Annual report of the Civil Veterinary Department, Bengal, and of the Bengal Veterinary College for the year 1906-1907 - 1906-1907
Year: 1906
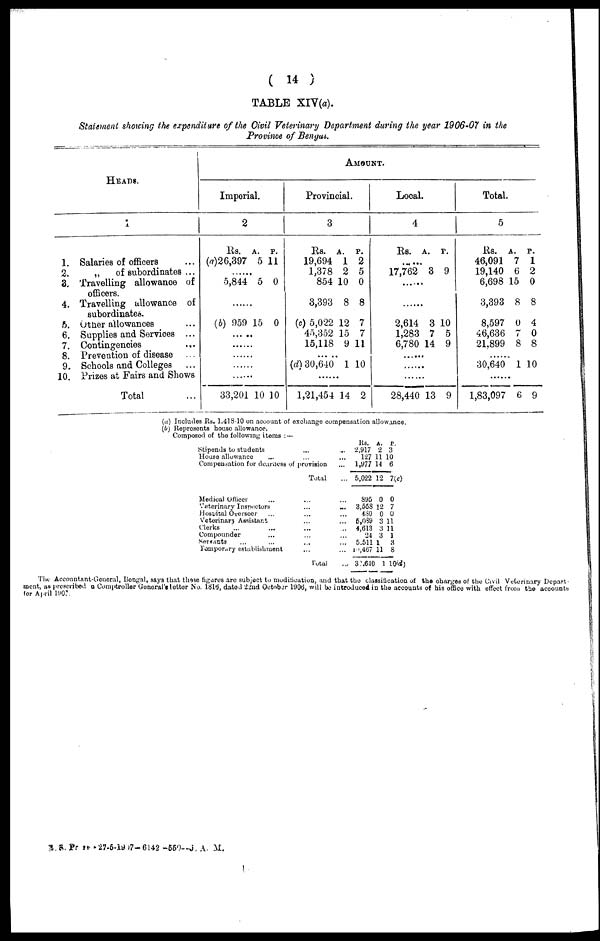
(14)
TABLE XIY(a).
Statement showing the expenditure of the Civil Veterinary Department during the year 1906-07 in the
Province of Bengal.
HEADS.
1
1. Salaries of officers ...
2.
„
of subordinates ...
3. Travelling allowance of
officers.
4. Travelling allowance of
subordinates.
5. Other allowances ...
6. Supplies and Services ...
7. Contingencies ...
8. Prevention of disease ...
9. Schools and Colleges ...
10. Prizes at Fairs and Shows
Total ...
AMOUNT.
Imperial.
2
Rs. A. P.
(a)26,397 5 11
......
5,844 5 0
......
(b) 959 15 0
......
......
......
......
......
33,201 10 10
Provincial.
3
Rs. A. P.
19,694 1 2
1,378 2 5
854 10 0
3,393 8 8
(c) 5,022 12 7
45,352 15 7
15,118 9 11
......
(d) 30,640 1 10
......
1,21,454 14 2
Local.
4
Rs. A. P.
......
17,762 3 9
......
2,614 3 10
1,283 7 5
6,780 14 9
......
......
......
28,440 13 9
Total.
5
Rs. A. P.
46,091 7 1
19,140 6 2
6,698 15 0
3,393 8 8
8,597 0 4
46,636 7 0
21,899 8 8
......
30,640 1 10
......
1,83,097 6 9
(a) Includes Rs. 1,418-10 on account of exchange compensation allowance.
(b) Represents house allowance.
Composed of the following items:—
Stipends to students ...
House allowance
... ...
Compensation for dearness of provision
Total
Medical Officer ... ...
Veterinary Inspectors ... ...
Hospital Overseer ... ...
Veterinary Assistant ...
Clerks ... ... ...
Compounder ... ...
Servants ... ... ...
Tomporary establishment ...
Total
...
...
...
...
...
...
...
...
...
...
...
...
...
Rs.
A. P.
2,917 2 3
127 11 10
1,977 14 6
5,022 12 7(c)
895 0 0
3,558 12 7
430 0 0
5,089 3 11
4,613 3 11
24 3 1
5.511 1
3
10,467 11 8
3,640 1 10(d)
The Accountant-General, Bengal, says that these figures are subject to modification, and that the classification of the charges of the Civil Veterinary Depart-
ment, as proscribed a Comptroller General's letter No. 1819, dated 22nd October 1906, will be introduced in the accounts of his office with effect from the accounts
for April 1907.
B.S. Pr 20- 27-5-1907-6142 -559-J. A. M.